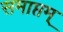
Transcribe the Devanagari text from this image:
समाप्तम्‌